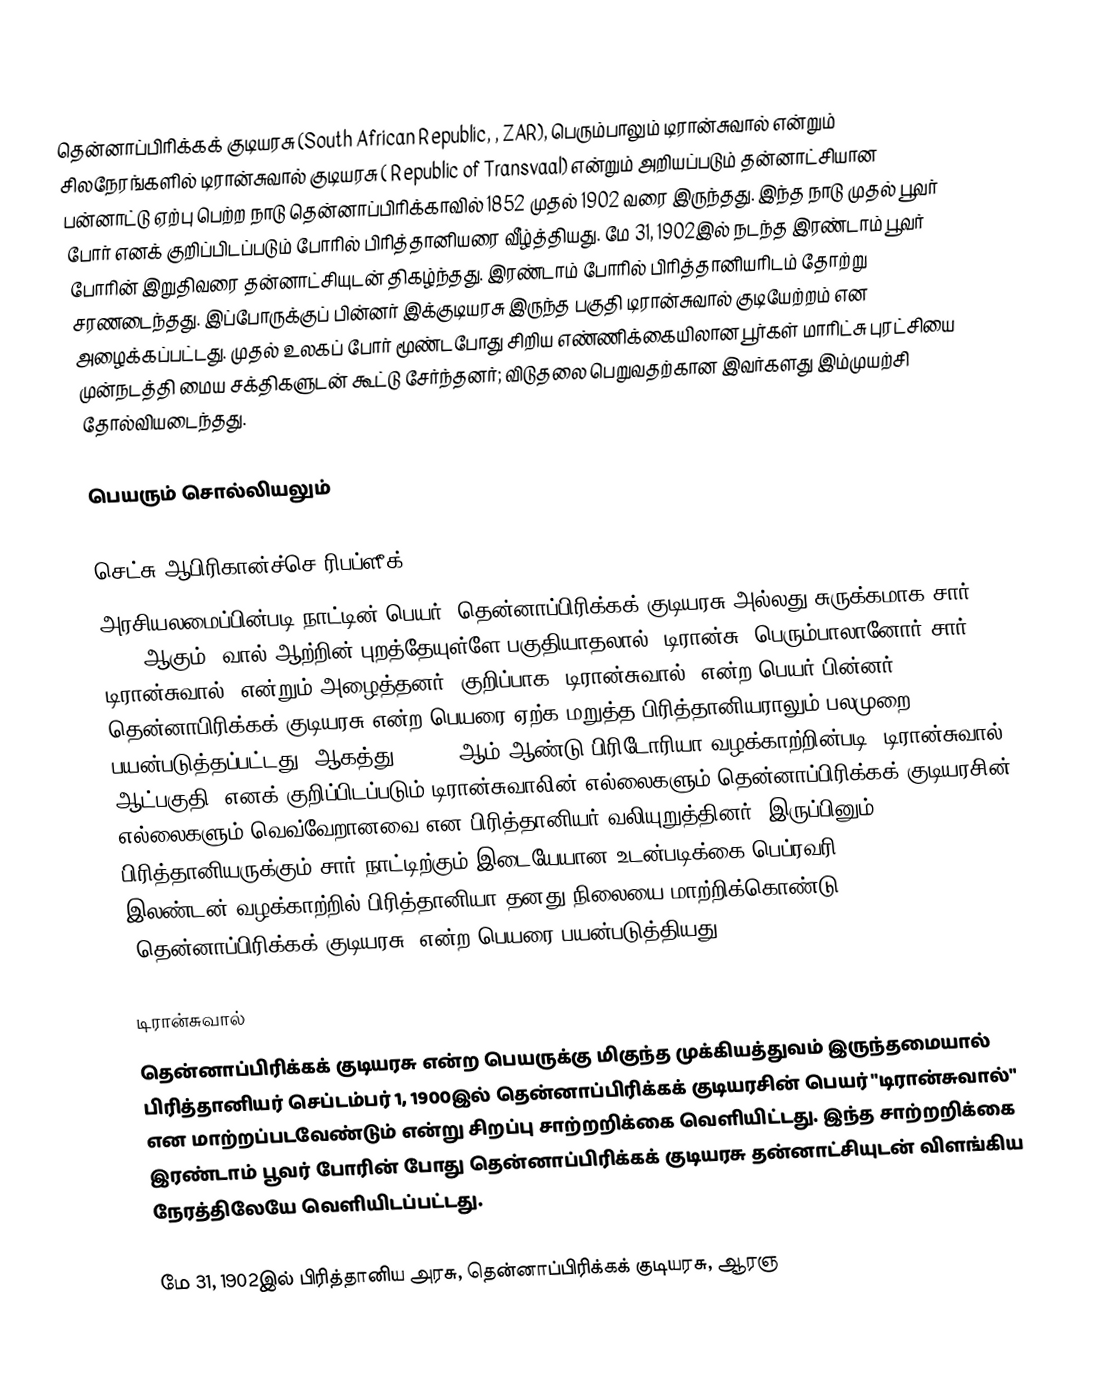
தென்னாப்பிரிக்கக் குடியரசு (South African Republic, , ZAR), பெரும்பாலும்  டிரான்சுவால் என்றும் சிலநேரங்களில் டிரான்சுவால் குடியரசு (  Republic of Transvaal) என்றும் அறியப்படும் தன்னாட்சியான பன்னாட்டு ஏற்பு பெற்ற நாடு  தென்னாப்பிரிக்காவில் 1852 முதல் 1902 வரை இருந்தது. இந்த நாடு முதல் பூவர் போர் எனக் குறிப்பிடப்படும் போரில் பிரித்தானியரை வீழ்த்தியது.  மே 31, 1902இல் நடந்த  இரண்டாம் பூவர் போரின் இறுதிவரை தன்னாட்சியுடன் திகழ்ந்தது.  இரண்டாம் போரில் பிரித்தானியரிடம் தோற்று சரணடைந்தது. இப்போருக்குப் பின்னர் இக்குடியரசு இருந்த பகுதி டிரான்சுவால் குடியேற்றம் என அழைக்கப்பட்டது.  முதல் உலகப் போர் மூண்டபோது சிறிய எண்ணிக்கையிலான பூர்கள்  மாரிட்சு புரட்சியை முன்நடத்தி மைய சக்திகளுடன் கூட்டு சேர்ந்தனர்; விடுதலை பெறுவதற்கான இவர்களது  இம்முயற்சி தோல்வியடைந்தது.

பெயரும் சொல்லியலும்

செட்சு-ஆபிரிகான்ச்செ ரிபப்ளீக் (ZAR)
அரசியலமைப்பின்படி நாட்டின் பெயர்  (தென்னாப்பிரிக்கக் குடியரசு அல்லது சுருக்கமாக சார் ZAR) ஆகும். வால் ஆற்றின் புறத்தேயுள்ளே பகுதியாதலால் (டிரான்சு) பெரும்பாலானோர் சார் டிரான்சுவால், என்றும் அழைத்தனர்.  குறிப்பாக "டிரான்சுவால்" என்ற பெயர் பின்னர் தென்னாபிரிக்கக் குடியரசு என்ற பெயரை ஏற்க மறுத்த  பிரித்தானியராலும்  பலமுறை பயன்படுத்தப்பட்டது. ஆகத்து 3, 1881ஆம் ஆண்டு பிரிடோரியா வழக்காற்றின்படி 'டிரான்சுவால் ஆட்பகுதி' எனக் குறிப்பிடப்படும் டிரான்சுவாலின் எல்லைகளும் தென்னாப்பிரிக்கக் குடியரசின் எல்லைகளும் வெவ்வேறானவை என பிரித்தானியர் வலியுறுத்தினர். இருப்பினும், பிரித்தானியருக்கும் சார் நாட்டிற்கும் இடையேயான உடன்படிக்கை பெப்ரவரி 27, 1884 இலண்டன் வழக்காற்றில் பிரித்தானியா தனது நிலையை மாற்றிக்கொண்டு "தென்னாப்பிரிக்கக் குடியரசு" என்ற பெயரை பயன்படுத்தியது.

டிரான்சுவால்
தென்னாப்பிரிக்கக் குடியரசு என்ற பெயருக்கு மிகுந்த முக்கியத்துவம் இருந்தமையால் பிரித்தானியர் செப்டம்பர் 1, 1900இல் தென்னாப்பிரிக்கக் குடியரசின் பெயர் "டிரான்சுவால்" என மாற்றப்படவேண்டும் என்று சிறப்பு சாற்றறிக்கை  வெளியிட்டது. இந்த சாற்றறிக்கை இரண்டாம் பூவர் போரின் போது தென்னாப்பிரிக்கக் குடியரசு தன்னாட்சியுடன் விளங்கிய நேரத்திலேயே வெளியிடப்பட்டது.

மே 31, 1902இல் பிரித்தானிய அரசு, தென்னாப்பிரிக்கக் குடியரசு, ஆரஞ